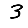
Digit: 3